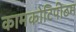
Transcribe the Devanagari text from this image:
कामकोटिपीठम